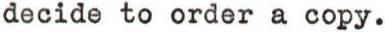
decide to order a copy.